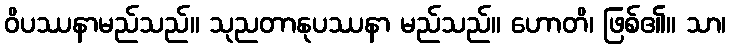
ဝိပဿနာမည်သည်။ သုညတာနုပဿနာ မည်သည်။ ဟောတိ၊ ဖြစ်၏။ သာ၊